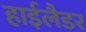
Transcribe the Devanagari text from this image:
हाईलैडर